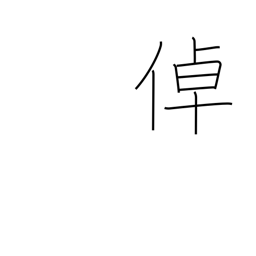
Meaning: remarkable